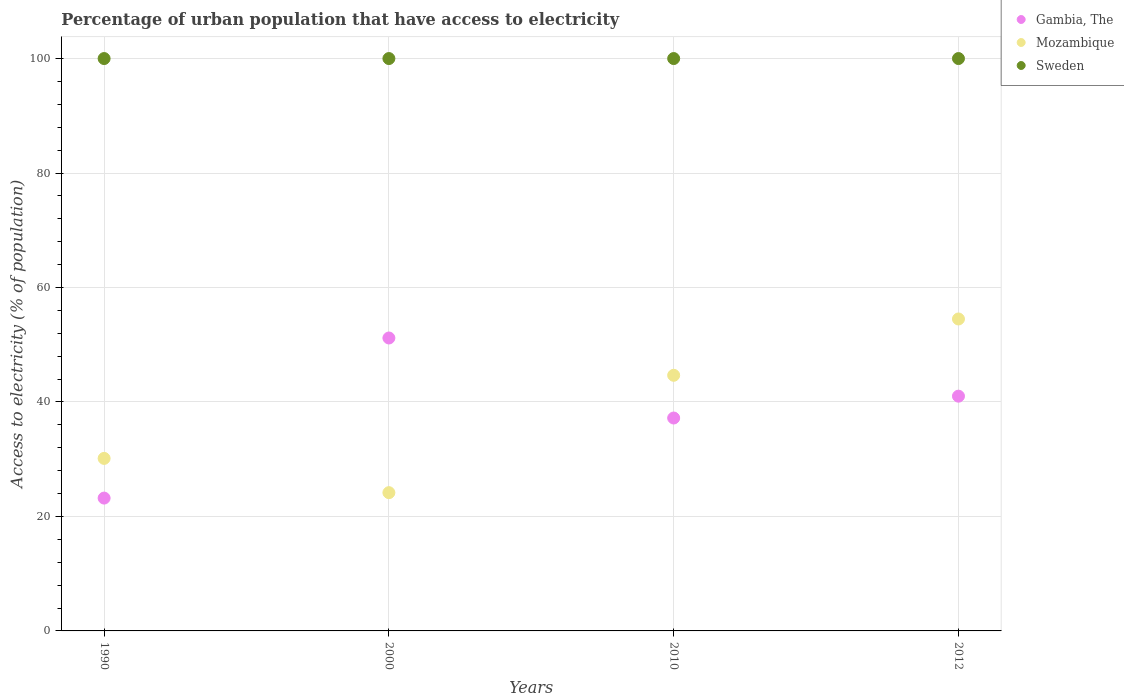
| Years | Gambia, The | Mozambique | Sweden |
 | --- | --- | --- | --- |
 | 1990 | 23.2 | 30.1 | 100 |
 | 2000 | 51.2 | 24.2 | 100 |
 | 2010 | 37.2 | 44.7 | 100 |
 | 2012 | 41 | 54.5 | 100 |